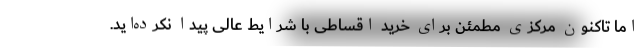
اما تاکنون مرکزی مطمئن برای خرید اقساطی با شرایط عالی پیدا نکرده­اید.